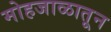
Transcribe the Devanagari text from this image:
मोहजाळातून